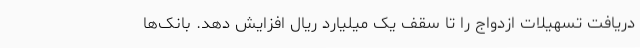
دریافت تسهیلات ازدواج را تا سقف یک میلیارد ریال افزایش دهد. بانک‌ها